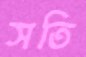
সতি